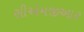
સીએમજીઆર